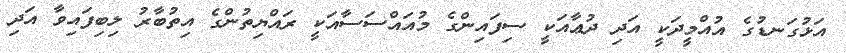
އަޅުގަނޑުގެ އުއްމީދަކީ އަދި ދުޢާއަކީ ސިފައިންގެ މުއައްސަސާއަކީ ރައްޔިތުންގެ އިތުބާރު ލިބިފައިވާ އަދި